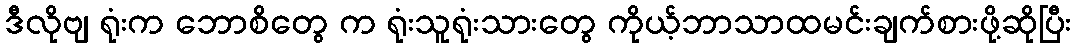
ဒီလိုဗျ ရုံးက ဘောစိတွေ က ရုံးသူရုံးသားတွေ ကိုယ့်ဘာသာထမင်းချက်စားဖို့ဆိုပြီး